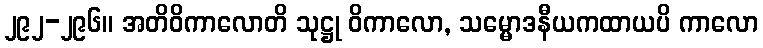
၂၉၂-၂၉၆။ အတိဝိကာလောတိ သုဋ္ဌု ဝိကာလော, သမ္မောဒနီယကထာယပိ ကာလော